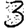
Digit: 3